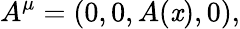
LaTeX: A^{\mu}=(0,0,A(\mathit{x}),0),